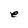
Character: e